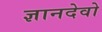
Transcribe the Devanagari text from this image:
ज्ञानदेवो